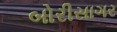
બોરીસાગર